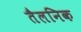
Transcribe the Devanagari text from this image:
तैलनिक